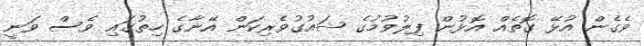
ވެގެން އުޅޭ ގޮތެއް އޮޅުން ފިލުވުމުގެ ޝައުގުވެރިކަން އޭނާގެ ހިތުގައި ވެސް ވަނީ